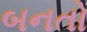
બનતો